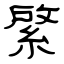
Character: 綮